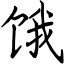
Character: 饿